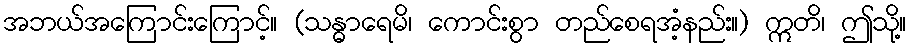
အဘယ်အကြောင်းကြောင့်။ (သန္ဓာရေမိ၊ ကောင်းစွာ တည်စေရအံ့နည်း။) ဣတိ၊ ဤသို့။